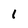
Character: l